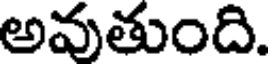
అవుతుంది.